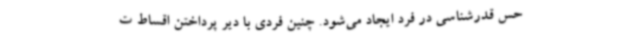
حس قدرشناسی در فرد ایجاد می‌شود. چنین فردی با دیر پرداختن اقساط ت